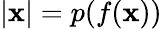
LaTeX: \left|\mathbf{x}\right|=p(f(\mathbf{x}))